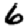
Digit: 6